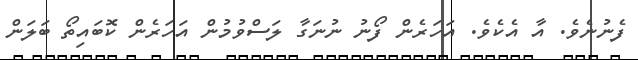
ފެނުނެެވެ. އާ އެކެވެ. އަހަރެން ފޯނު ނުނަގާ ލަސްވުމުން އަހަރެން ކޮބައިތޯ ބަލަން